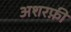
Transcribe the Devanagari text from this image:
अशरफ़ी